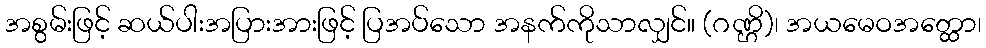
အစွမ်းဖြင့် ဆယ်ပါးအပြားအားဖြင့် ပြအပ်သော အနက်ကိုသာလျှင်။ (ဂဏ္ဌိ)၊ အယမေဝအတ္ထော၊